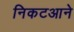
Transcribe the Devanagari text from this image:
निकटआने